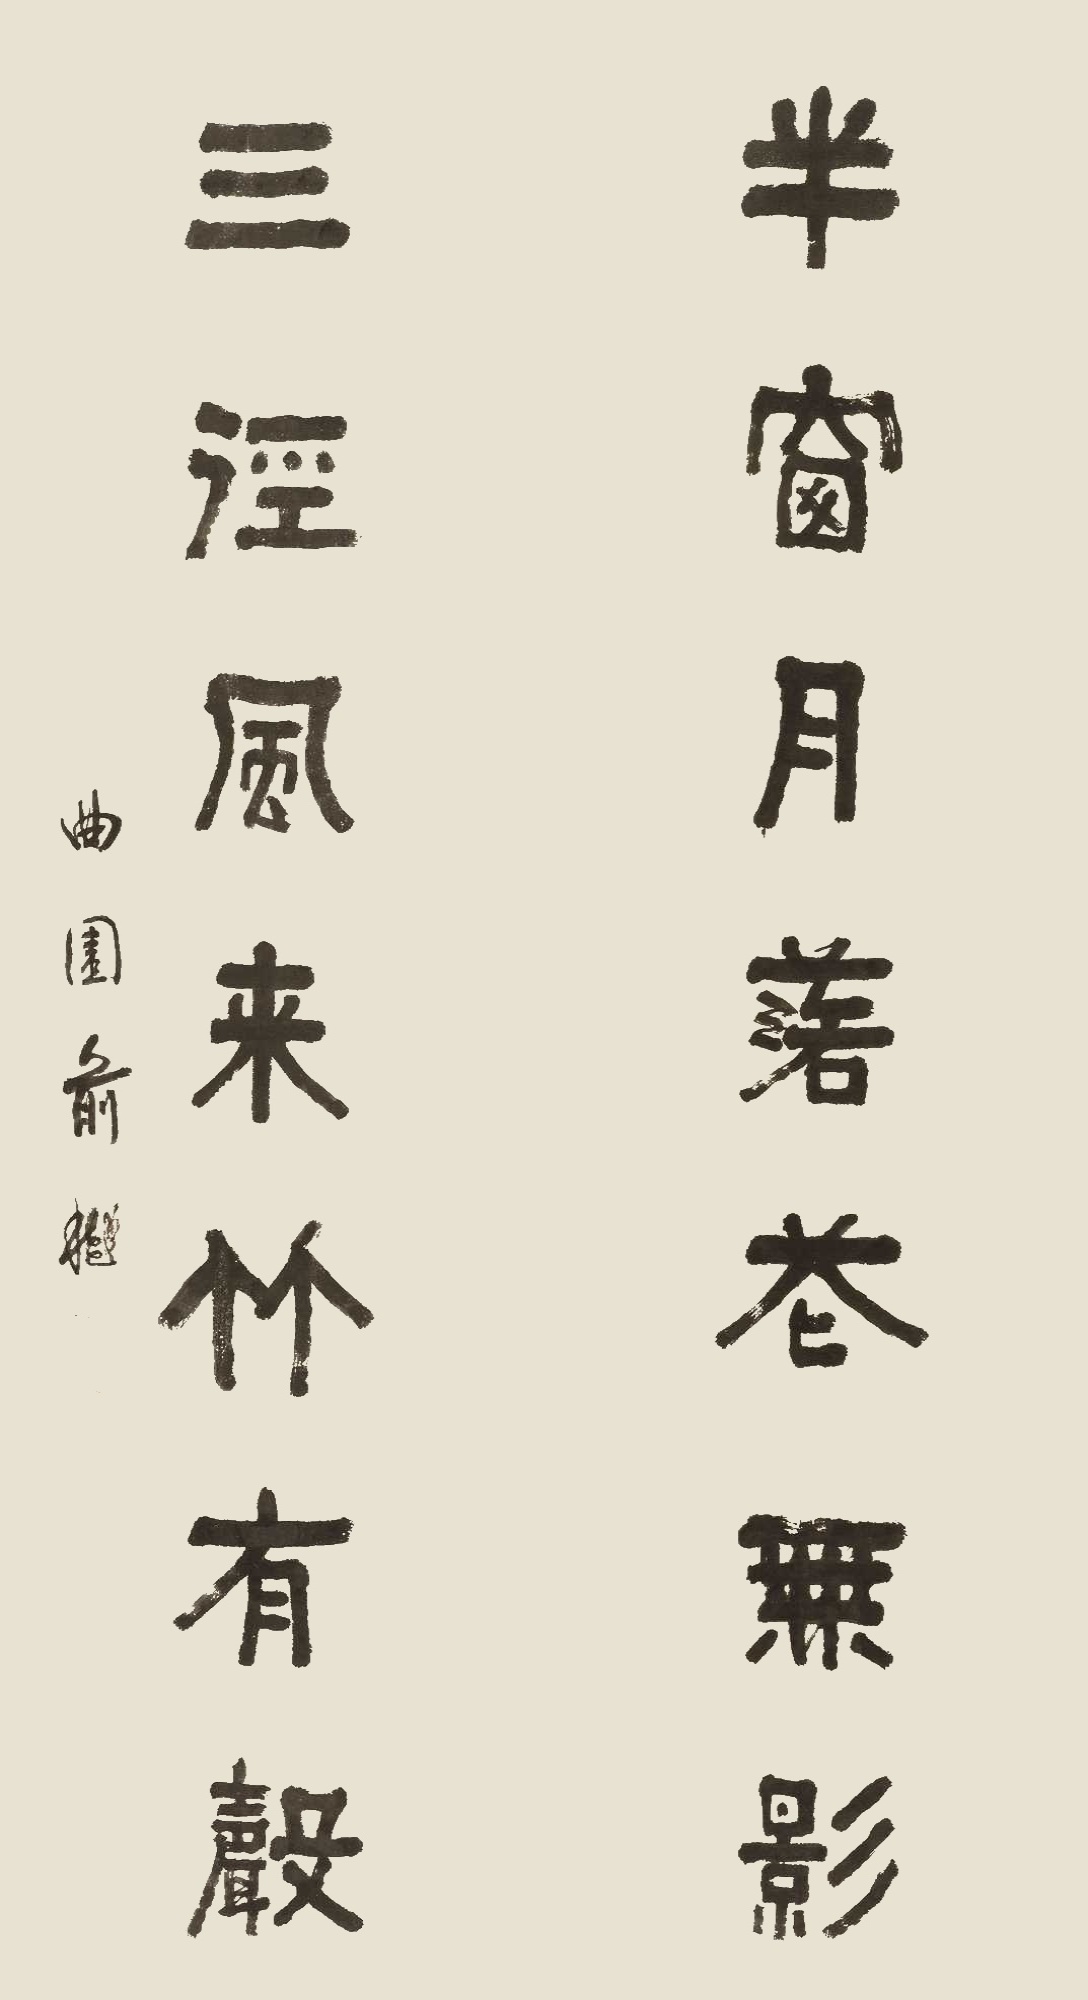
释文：半窗月落花无影，三径风来竹有声。曲园俞樾。